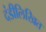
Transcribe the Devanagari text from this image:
दंडीलिखित